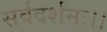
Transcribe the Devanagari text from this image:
सर्वदर्शनः।।